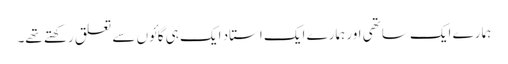
ہمارے ایک ساتھی اور ہمارے ایک استاد ایک ہی گائوں سے تعلق رکھتے تھے۔